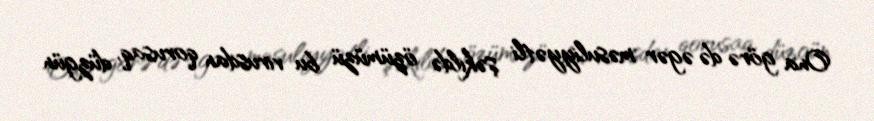
Ona görə də əgər məsuliyyətli şəkildə özümüzü bu virusdan qorusaq, düzgün